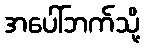
အပေါ်ဘက်သို့